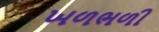
ખળભળી